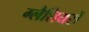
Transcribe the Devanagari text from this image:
ग्लैशियरों